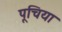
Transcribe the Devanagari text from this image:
पूचिया